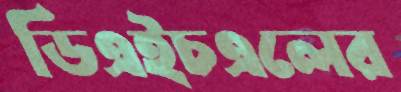
ডিএইচএলের